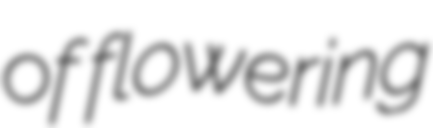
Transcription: of flowering